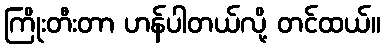
ကြိုးတီးတာ ဟန်ပါတယ်လို့ တင်ထယ်။